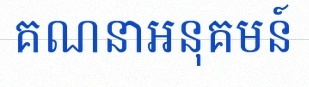
គណនាអនុគមន៍